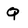
Character: Q